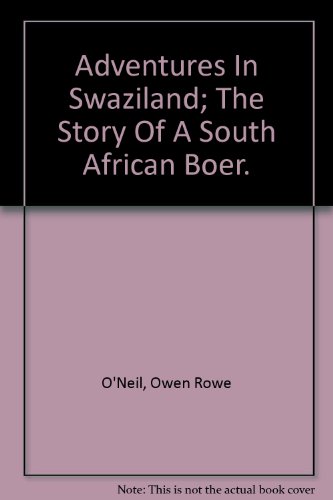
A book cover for Adventures In Swaziland : The Story of a South African Boer; Owen Rowe O'Neil; Travel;